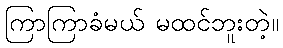
ကြာကြာခံမယ် မထင်ဘူးတဲ့။